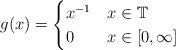
LaTeX: \begin{align*}g(x) =\begin{cases}x^{-1} & x \in \mathbb{T} \\0 & x \in [0,\infty] \end{cases}\end{align*}